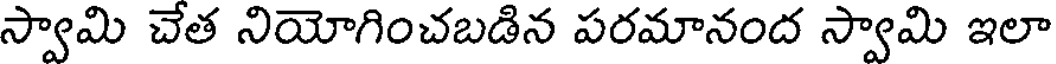
స్వామి చేత నియోగించబడిన పరమానంద స్వామి ఇలా